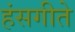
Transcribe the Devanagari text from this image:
हंसगीते